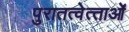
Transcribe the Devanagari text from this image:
पुरातत्‍वेत्‍ताओं